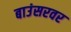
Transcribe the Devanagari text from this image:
बाउंसरवर